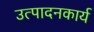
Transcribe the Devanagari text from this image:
उत्पादनकार्य